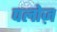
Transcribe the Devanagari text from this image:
पलोज़